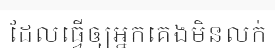
ដែលធ្វើឲ្យអ្នកគេងមិនលក់